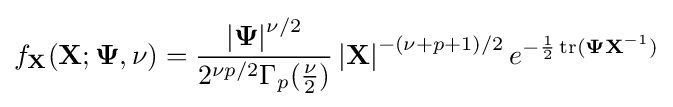
f_{\mathbf {X} }({\mathbf {X} };{\mathbf {\Psi } },\nu )={\frac {\left|{\mathbf {\Psi } }\right|^{\nu /2}}{2^{\nu p/2}\Gamma _{p}({\frac {\nu }{2}})}}\left|\mathbf {X} \right|^{-(\nu +p+1)/2}e^{-{\frac {1}{2}}\operatorname {tr} (\mathbf {\Psi } \mathbf {X} ^{-1})}